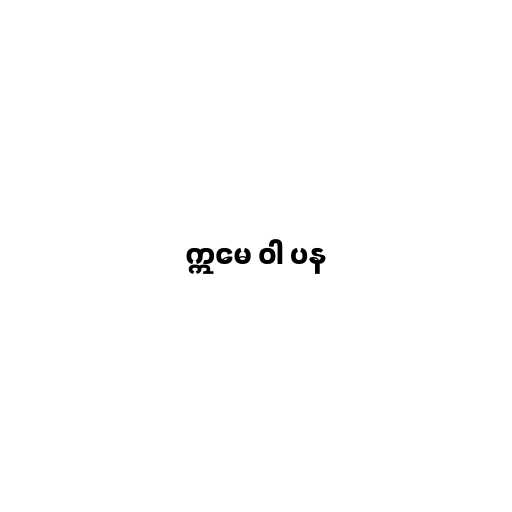
ဣမေ ဝါ ပန